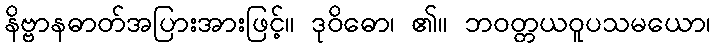
နိဗ္ဗာနဓာတ်အပြားအားဖြင့်။ ဒုဝိဓော၊ ၏။ ဘဝတ္တယဝူပသမယော၊